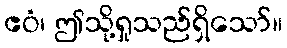
ဧဝံ၊ ဤသို့ရှုသည်ရှိသော်။